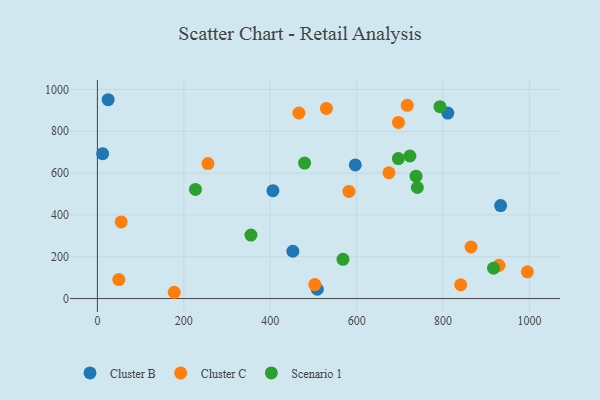
{"axis": {"x": "Distance", "y": "Fuel Efficiency"}, "legend": ["Cluster B", "Cluster C", "Scenario 1"], "data": [{"x": "933.3", "y": 444.6, "type": "Cluster B"}, {"x": "452.4", "y": 226.3, "type": "Cluster B"}, {"x": "406.3", "y": 516.0, "type": "Cluster B"}, {"x": "509.0", "y": 44.4, "type": "Cluster B"}, {"x": "12.1", "y": 692.6, "type": "Cluster B"}, {"x": "811.0", "y": 886.8, "type": "Cluster B"}, {"x": "24.9", "y": 950.8, "type": "Cluster B"}, {"x": "596.9", "y": 639.0, "type": "Cluster B"}, {"x": "49.5", "y": 90.5, "type": "Cluster C"}, {"x": "255.9", "y": 645.6, "type": "Cluster C"}, {"x": "466.3", "y": 887.3, "type": "Cluster C"}, {"x": "530.0", "y": 909.3, "type": "Cluster C"}, {"x": "582.1", "y": 512.1, "type": "Cluster C"}, {"x": "177.8", "y": 30.0, "type": "Cluster C"}, {"x": "717.1", "y": 923.8, "type": "Cluster C"}, {"x": "674.8", "y": 601.6, "type": "Cluster C"}, {"x": "929.3", "y": 159.0, "type": "Cluster C"}, {"x": "503.2", "y": 66.9, "type": "Cluster C"}, {"x": "840.9", "y": 65.9, "type": "Cluster C"}, {"x": "55.1", "y": 366.5, "type": "Cluster C"}, {"x": "995.2", "y": 127.6, "type": "Cluster C"}, {"x": "696.8", "y": 842.1, "type": "Cluster C"}, {"x": "864.8", "y": 246.6, "type": "Cluster C"}, {"x": "740.6", "y": 531.0, "type": "Scenario 1"}, {"x": "737.5", "y": 585.0, "type": "Scenario 1"}, {"x": "227.0", "y": 521.7, "type": "Scenario 1"}, {"x": "479.5", "y": 648.0, "type": "Scenario 1"}, {"x": "696.5", "y": 669.2, "type": "Scenario 1"}, {"x": "568.4", "y": 187.8, "type": "Scenario 1"}, {"x": "723.3", "y": 681.8, "type": "Scenario 1"}, {"x": "916.9", "y": 145.3, "type": "Scenario 1"}, {"x": "355.4", "y": 303.4, "type": "Scenario 1"}, {"x": "792.9", "y": 917.6, "type": "Scenario 1"}]}